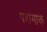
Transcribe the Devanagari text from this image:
पशमाक